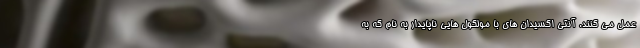
عمل می کنند. آنتی اکسیدان های با مولکول هایی ناپایدار به نام که به